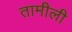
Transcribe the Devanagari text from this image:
तामीली